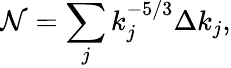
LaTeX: \begin{array}{r}{\mathcal{N}=\displaystyle\sum_{j}k_{j}^{-5/3}\Delta k_{j},}\end{array}